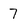
Character: 7